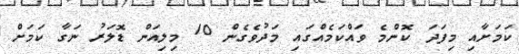
ކަމަށާއި މިފަދަ ކޮންމެ ވައްކަމެއްގައި މަދުވެގެން 10 މިލިއަން ޑޮލަރު ނަގާ ކަމަށް